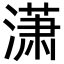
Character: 潇